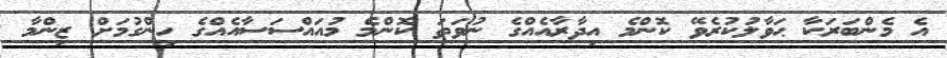
އެ މެންބަރަކާ ޙަވާލުކުރެވޭ ކޮންމެ އިދާރާއެއްގެ ނުވަތަ ކޮންމެ މުއައްސަސާއެއްގެ ހިންގުމަށް ޒިންމާ